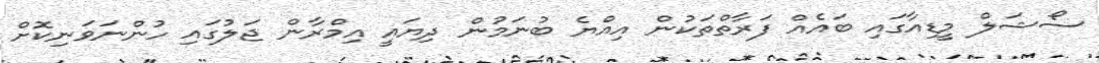
ސޯޝަލް މީޑިއާގައި ބައެއް ފަރާތްތަކުން އިއްޔެ ބުނަމުން ދިޔައީ އިމްރާން ޖަލުގައި ހުންނަވަނިކޮށް